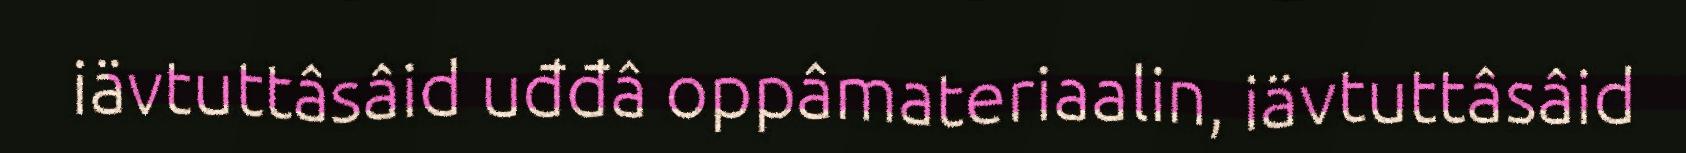
iävtuttâsâid uđđâ oppâmateriaalin, iävtuttâsâid